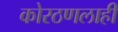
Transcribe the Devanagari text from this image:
कोरठणलाही